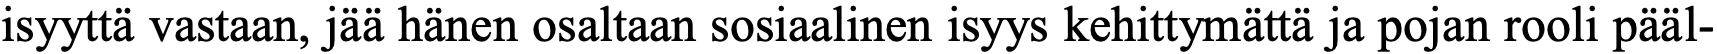
isyyttä vastaan, jää hänen osaltaan sosiaalinen isyys kehittymättä ja pojan rooli pääl-